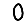
Digit: 0